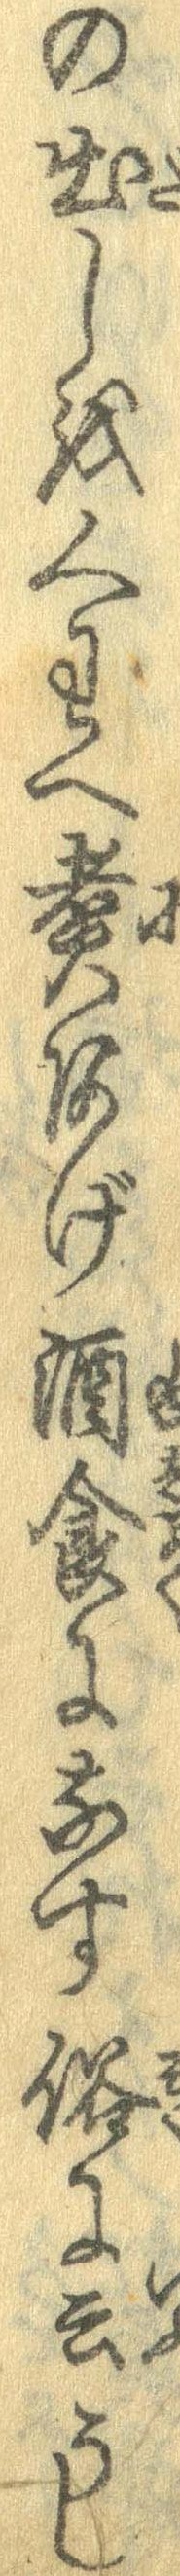
の出しをくわへ煮あげ酒食になす俗に云うし